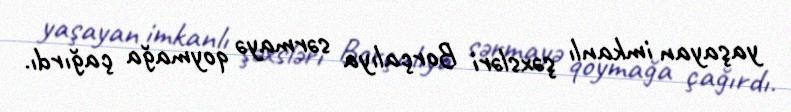
yaşayan imkanlı şəxsləri Borçalıya sərmayə qoymağa çağırdı.